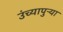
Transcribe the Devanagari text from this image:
उंच्यापुऱ्या